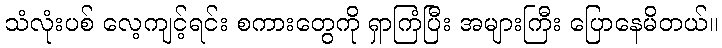
သံလုံးပစ် လေ့ကျင့်ရင်း စကားတွေကို ရှာကြံပြီး အများကြီး ပြောနေမိတယ်။